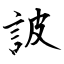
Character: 詖